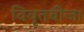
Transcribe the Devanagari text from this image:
विवृतबीज।